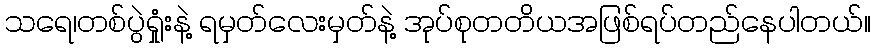
သရေ၊တစ်ပွဲရှုံးနဲ့ ရမှတ်လေးမှတ်နဲ့ အုပ်စုတတိယအဖြစ်ရပ်တည်နေပါတယ်။